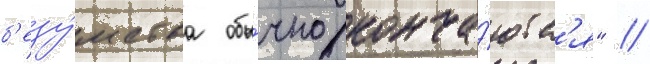
б'езу́мства обы́чно конча́ютс'я" //